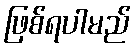
ဖြစ်ရပါမည်